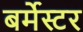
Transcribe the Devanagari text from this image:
बर्मेस्टर